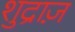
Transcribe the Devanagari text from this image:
शुद्राज़